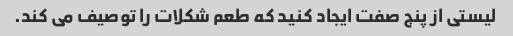
لیستی از پنج صفت ایجاد کنید که طعم شکلات را توصیف می کند.